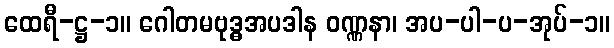
ထေရီ-ဋ္ဌ-၁။ ဂေါတမဗုဒ္ဓအပဒါန ဝဏ္ဏနာ၊ အပ-ပါ-ပ-အုပ်-၁။